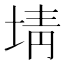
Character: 埥